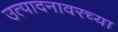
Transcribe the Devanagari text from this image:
उत्पादनावरच्या